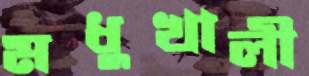
মধুখালী